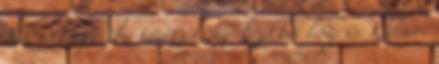
XX-es csoportba tartozik, az előző két lény is. Külsőre